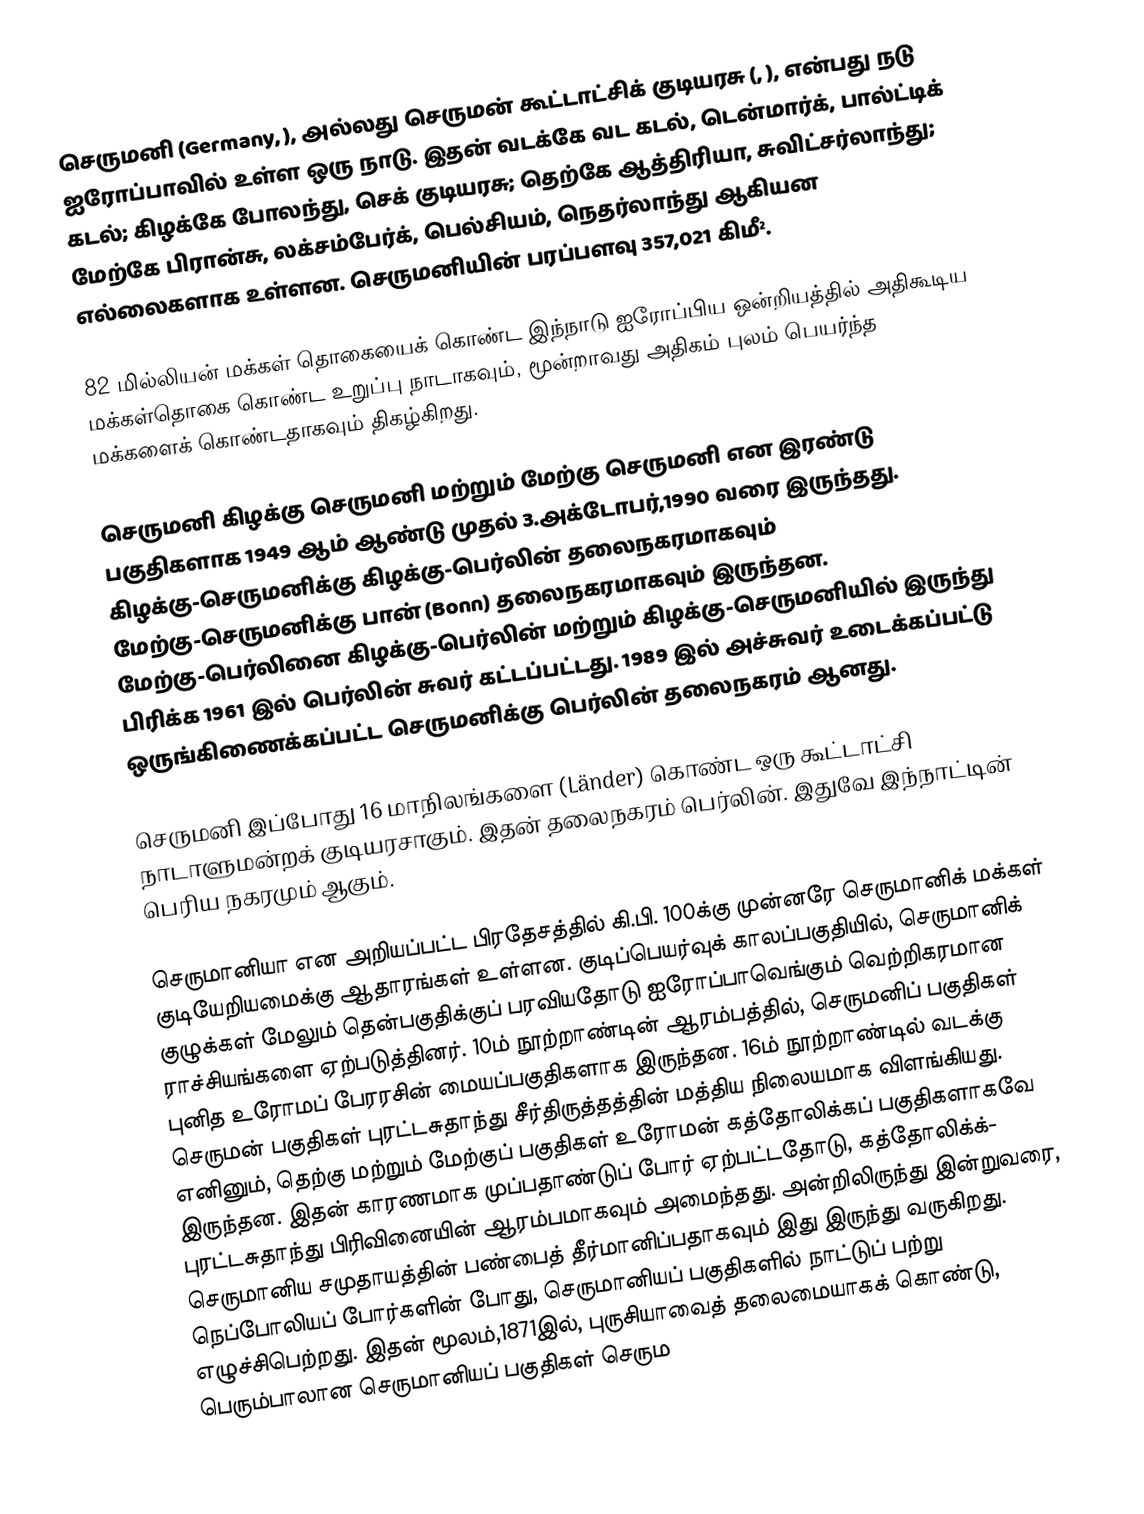
செருமனி (Germany, ), அல்லது செருமன் கூட்டாட்சிக் குடியரசு (, ), என்பது நடு ஐரோப்பாவில் உள்ள ஒரு நாடு. இதன் வடக்கே வட கடல், டென்மார்க், பால்ட்டிக் கடல்; கிழக்கே போலந்து, செக் குடியரசு; தெற்கே ஆத்திரியா, சுவிட்சர்லாந்து; மேற்கே பிரான்சு, லக்சம்பேர்க், பெல்சியம், நெதர்லாந்து ஆகியன எல்லைகளாக உள்ளன. செருமனியின் பரப்பளவு 357,021 கிமீ².

82 மில்லியன் மக்கள் தொகையைக் கொண்ட இந்நாடு ஐரோப்பிய ஒன்றியத்தில் அதிகூடிய மக்கள்தொகை கொண்ட உறுப்பு நாடாகவும், மூன்றாவது அதிகம் புலம் பெயர்ந்த மக்களைக் கொண்டதாகவும் திகழ்கிறது.

செருமனி கிழக்கு செருமனி மற்றும் மேற்கு செருமனி என இரண்டு பகுதிகளாக 1949 ஆம் ஆண்டு முதல் 3.அக்டோபர்,1990 வரை இருந்தது. கிழக்கு-செருமனிக்கு கிழக்கு-பெர்லின் தலைநகரமாகவும் மேற்கு-செருமனிக்கு பான் (Bonn) தலைநகரமாகவும் இருந்தன. மேற்கு-பெர்லினை கிழக்கு-பெர்லின் மற்றும் கிழக்கு-செருமனியில் இருந்து பிரிக்க 1961 இல் பெர்லின் சுவர் கட்டப்பட்டது. 1989 இல் அச்சுவர் உடைக்கப்பட்டு ஒருங்கிணைக்கப்பட்ட செருமனிக்கு பெர்லின் தலைநகரம் ஆனது.

செருமனி இப்போது 16 மாநிலங்களை (Länder) கொண்ட ஒரு கூட்டாட்சி நாடாளுமன்றக் குடியரசாகும். இதன் தலைநகரம் பெர்லின். இதுவே இந்நாட்டின் பெரிய நகரமும் ஆகும்.

செருமானியா என அறியப்பட்ட பிரதேசத்தில் கி.பி. 100க்கு முன்னரே செருமானிக் மக்கள் குடியேறியமைக்கு ஆதாரங்கள் உள்ளன. குடிப்பெயர்வுக் காலப்பகுதியில், செருமானிக் குழுக்கள் மேலும் தென்பகுதிக்குப் பரவியதோடு ஐரோப்பாவெங்கும் வெற்றிகரமான ராச்சியங்களை ஏற்படுத்தினர். 10ம் நூற்றாண்டின் ஆரம்பத்தில், செருமனிப் பகுதிகள் புனித உரோமப் பேரரசின் மையப்பகுதிகளாக இருந்தன. 16ம் நூற்றாண்டில் வடக்கு செருமன் பகுதிகள் புரட்டசுதாந்து சீர்திருத்தத்தின் மத்திய நிலையமாக விளங்கியது. எனினும், தெற்கு மற்றும் மேற்குப் பகுதிகள் உரோமன் கத்தோலிக்கப் பகுதிகளாகவே இருந்தன. இதன் காரணமாக முப்பதாண்டுப் போர் ஏற்பட்டதோடு, கத்தோலிக்க்- புரட்டசுதாந்து பிரிவினையின் ஆரம்பமாகவும் அமைந்தது. அன்றிலிருந்து இன்றுவரை, செருமானிய சமுதாயத்தின் பண்பைத் தீர்மானிப்பதாகவும் இது இருந்து வருகிறது. நெப்போலியப் போர்களின் போது, செருமானியப் பகுதிகளில் நாட்டுப் பற்று எழுச்சிபெற்றது. இதன் மூலம்,1871இல், புருசியாவைத் தலைமையாகக் கொண்டு, பெரும்பாலான செருமானியப் பகுதிகள் செரும